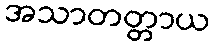
အသာတတ္တာယ